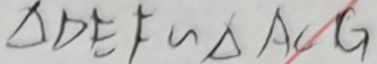
\Delta D E F \sim \Delta A C G